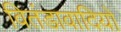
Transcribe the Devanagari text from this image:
वितंडावादियों